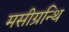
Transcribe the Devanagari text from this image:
मसीग्रन्थि